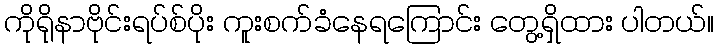
ကိုရိုနာဗိုင်းရပ်စ်ပိုး ကူးစက်ခံနေရကြောင်း တွေ့ရှိထား ပါတယ်။